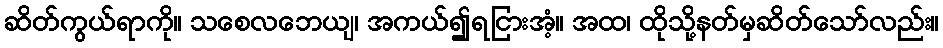
ဆိတ်ကွယ်ရာကို။ သစေလဘေယျ၊ အကယ်၍ရငြားအံ့။ အထ၊ ထိုသို့နတ်မှဆိတ်သော်လည်း။